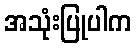
အသုံးပြုပါက